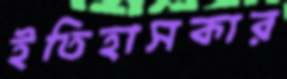
ইতিহাসকার